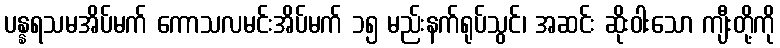
ပန္နရသမအိပ်မက် ကောသလမင်းအိပ်မက် ၁၅ မည်းနက်ရုပ်သွင်၊ အဆင်း ဆိုးဝါးသော ကျီးတို့ကို